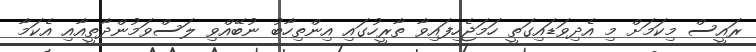
ރައީސް މިކަމަށް މި އެދިވަޑައިގަތީ ހަމަޖެހިފައިވާ ތާރީހުގައި އިންތިހާބު ނުބޭއްވި ލަސްވަމުންދާތީއާއި އެކަމާ